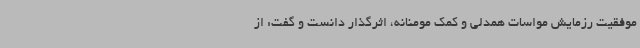
موفقیت رزمایش مواسات همدلی و کمک مومنانه، اثرگذار دانست و گفت: از